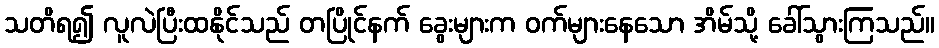
သတိရ၍ လူလဲပြီးထနိုင်သည် တပြိုင်နက် ခွေးများက ဝက်များနေသော အိမ်သို့ ခေါ်သွားကြသည်။